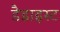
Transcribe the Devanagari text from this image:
डैडाइस्ट